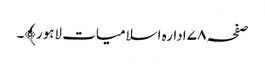
صفحہ ۷۸ ادارہ اسلامیات لاہور﴾۔